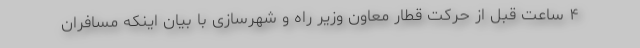
۴ ساعت قبل از حرکت قطار معاون وزیر راه و شهرسازی با بیان اینکه مسافران